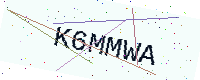
Text: K6MMWA